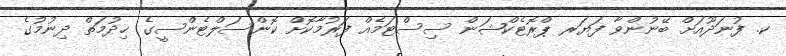
ކ. ފުނަދޫއަށް ބޭނުންވާ ފަޔަރ ޕްރޮޓެކްޝަން ސިސްޓަމެއް ފަރުމާކޮށް ކޮންސަލްޓެންސީގެ ޚިދުމަތް ދިނުމުގެ